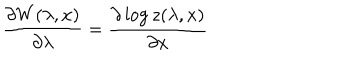
\frac { \partial W ( \lambda , x ) } { \partial \lambda } = \frac { \partial \log z ( \lambda , x ) } { \partial x }